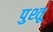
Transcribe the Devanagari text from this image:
पुश्तू